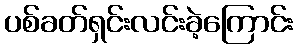
ပစ်ခတ်ရှင်းလင်းခဲ့ကြောင်း